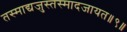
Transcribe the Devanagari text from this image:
तस्माद्यजुस्तस्मादजायत॥९॥